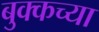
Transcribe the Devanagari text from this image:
बुक्कच्या